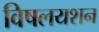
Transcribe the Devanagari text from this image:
विषलयशन